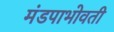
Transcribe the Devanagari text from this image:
मंडपाभोवती